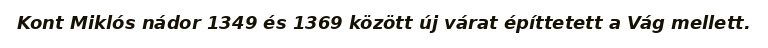
Kont Miklós nádor 1349 és 1369 között új várat építtetett a Vág mellett.